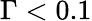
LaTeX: \Gamma<0.1